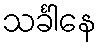
သင်္ခါနေ